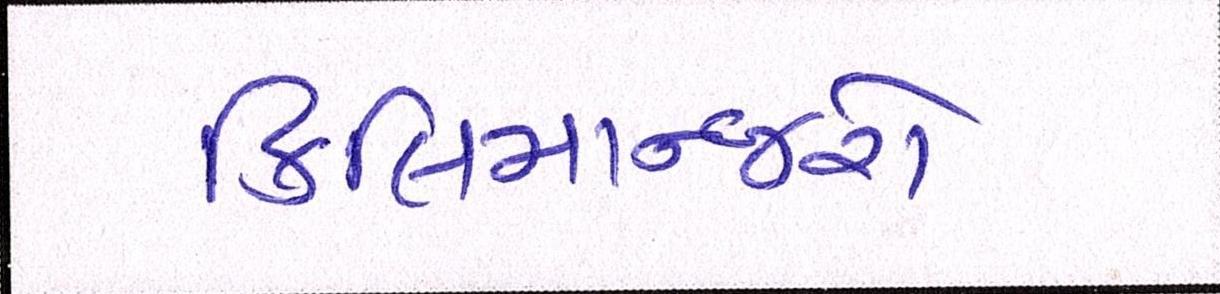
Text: કિલિમાન્જરો